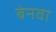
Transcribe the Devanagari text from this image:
बेनवा